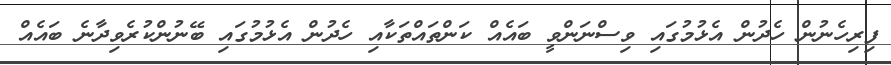
ފިރިހެނުން ހެދުން އެޅުމުގައި ވިސްނަންވީ ބައެއް ކަންތައްތަކާއި ހެދުން އެޅުމުގައި ބޭނުންކުރެވިދާނެ ބައެއް